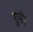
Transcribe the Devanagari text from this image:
गुमेर